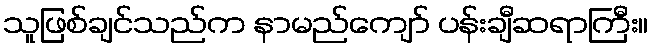
သူဖြစ်ချင်သည်က နာမည်ကျော် ပန်းချီဆရာကြီး။